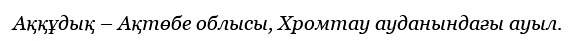
Аққұдық – Ақтөбе облысы, Хромтау ауданындағы ауыл.